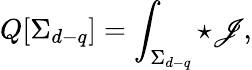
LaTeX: Q[\Sigma_{d-q}]=\int_{\Sigma_{d-q}}{\star\mathscr{J}},